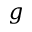
g